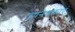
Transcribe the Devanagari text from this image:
उपनेमकाएं